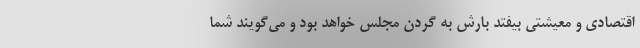
اقتصادی و معیشتی بیفتد بارش به گردن مجلس خواهد بود و می‌گویند شما